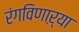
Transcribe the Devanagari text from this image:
रंगविणाऱ्या